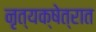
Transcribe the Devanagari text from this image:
नृत्यक्षेत्रात